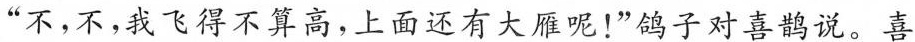
”不，不，我飞得不算高，上面还有大雁呢！”鸽子对喜鹊说。喜